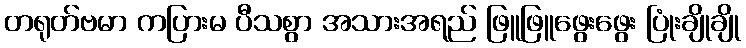
တရုတ်ဗမာ ကပြားမ ပီသစွာ အသားအရည် ဖြူဖြူဖွေးဖွေး ပြုံးချိုချို